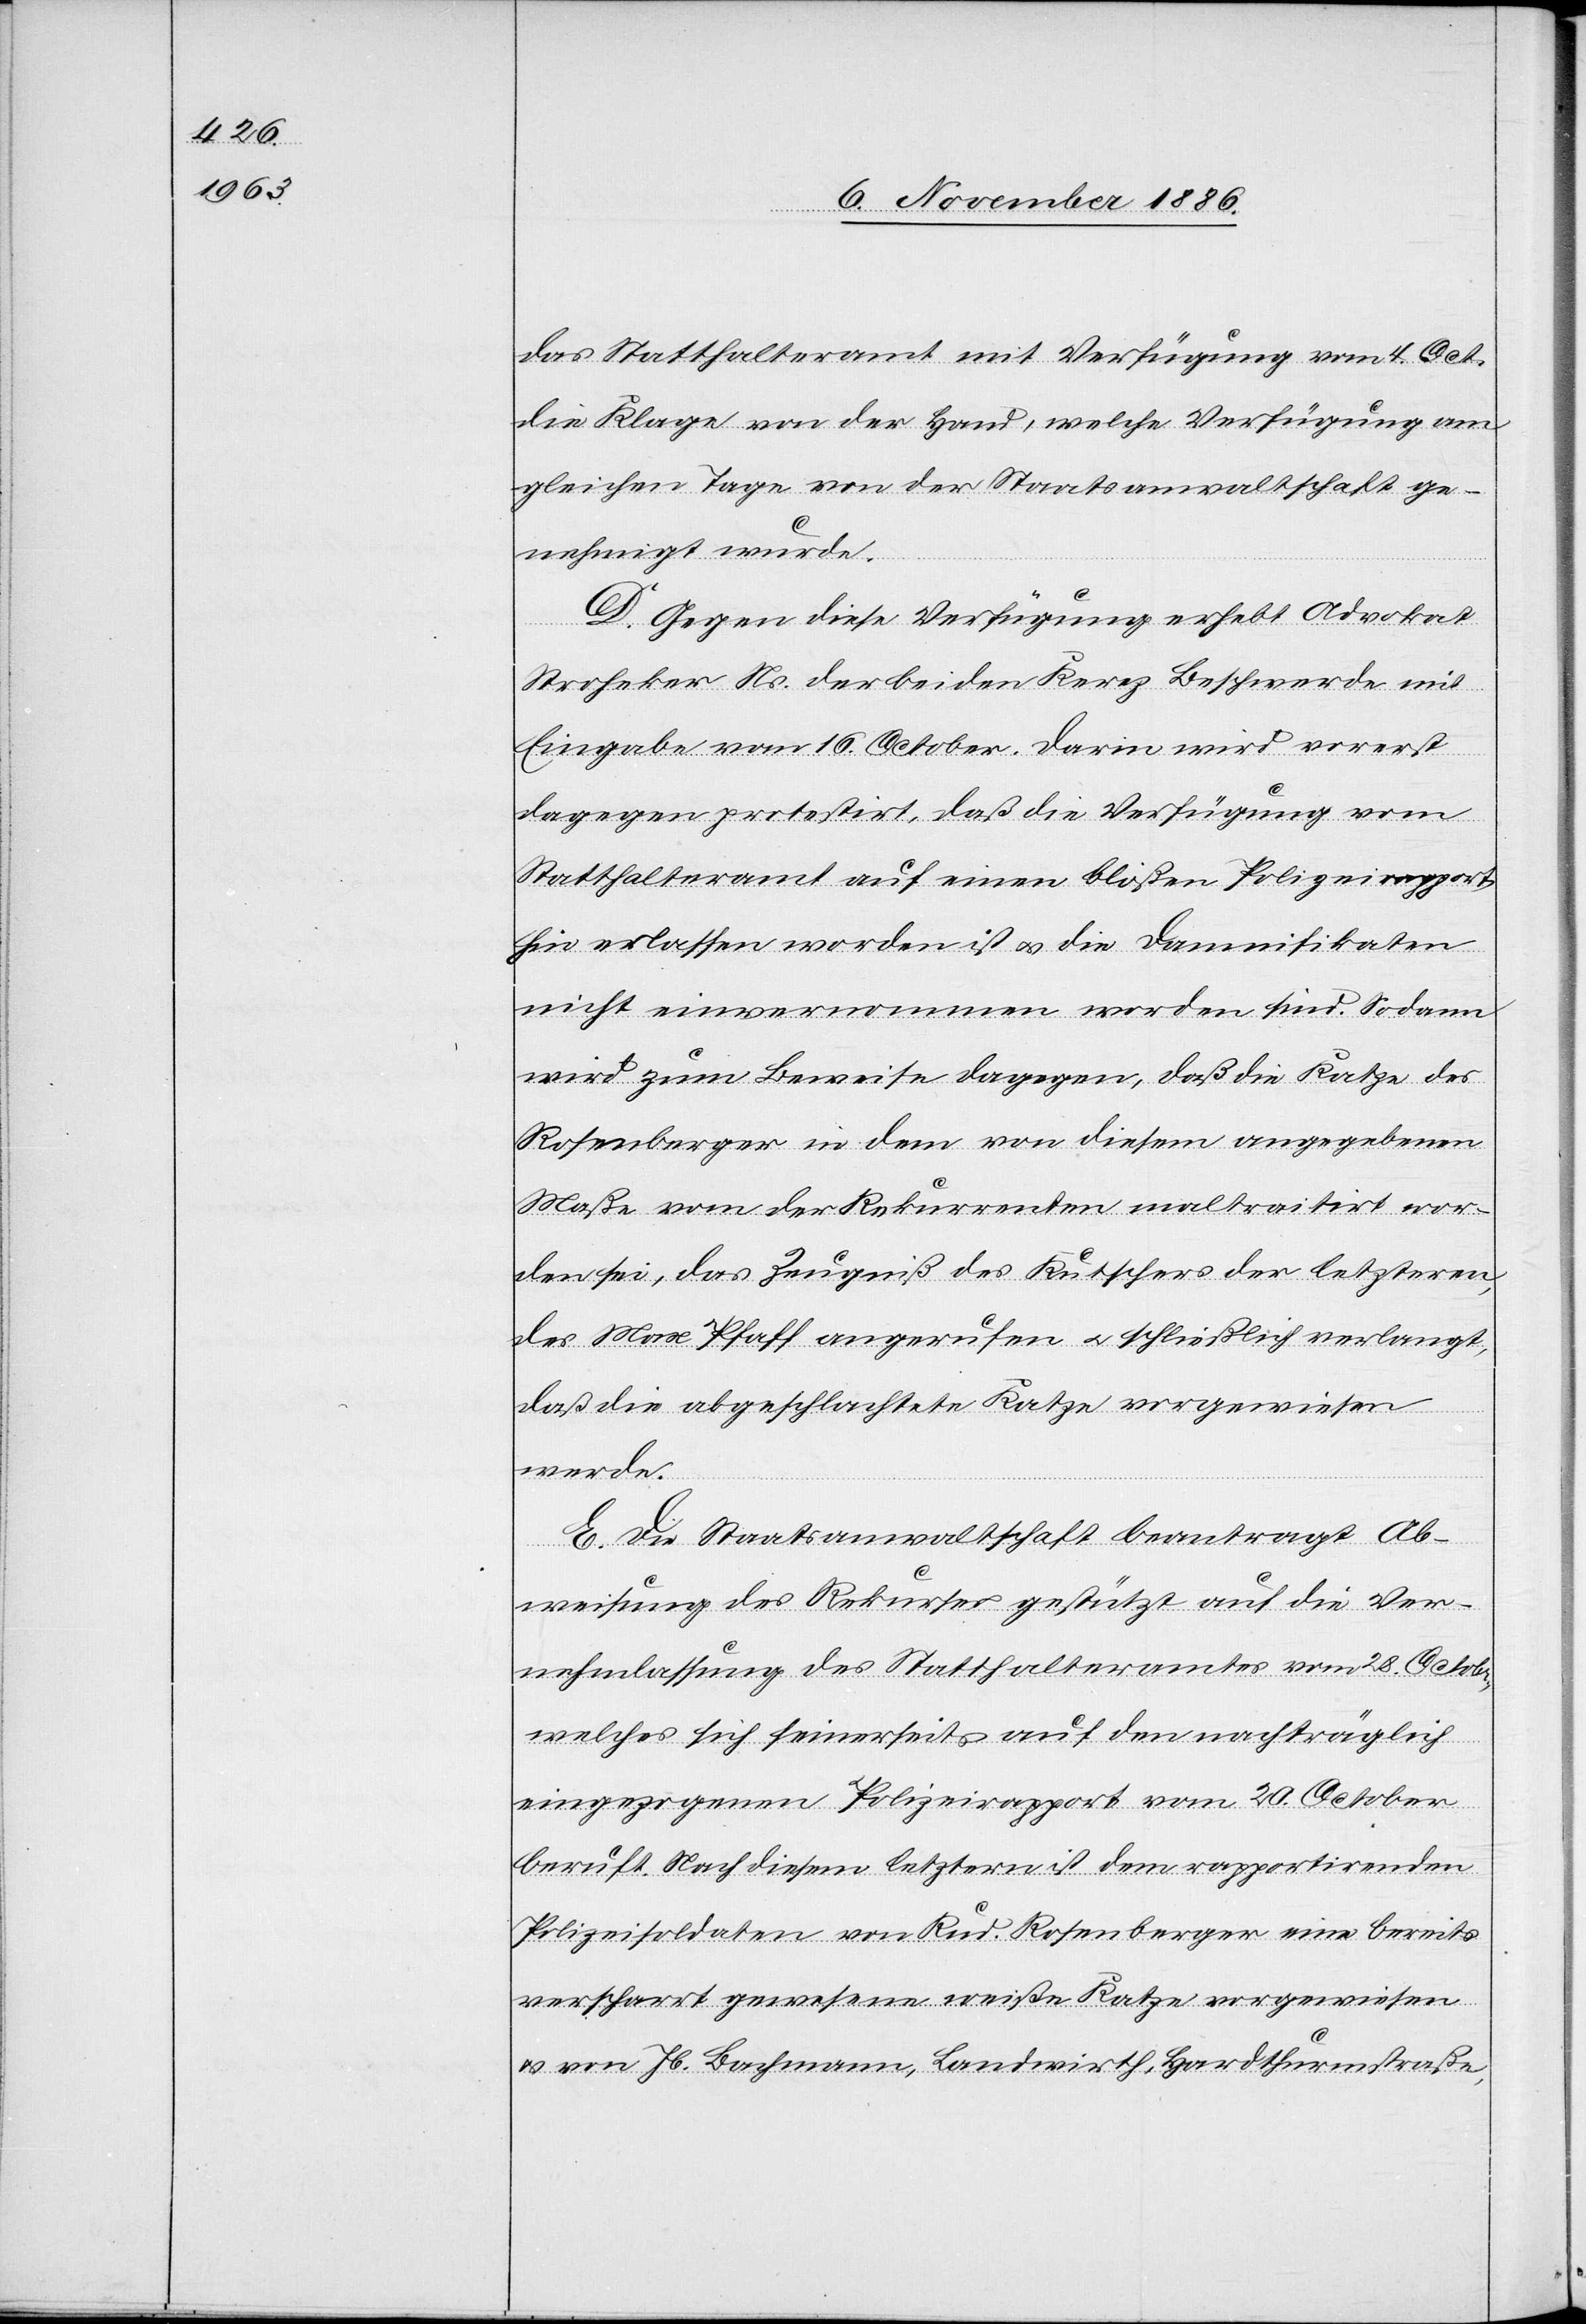
das Statthalteramt mit Verfügung vom 4. Oct.
die Klage von der Hand, welche Verfügung am
gleichen Tage von der Staatsanwaltschaft ge¬
nehmigt wurde.
D. Gegen diese Verfügung erhebt Advokat
Stroheker Ns. der beiden Kerez Beschwerde mit
Eingabe vom 16. October. Darin wird vorerst
dagegen protestirt, daß die Verfügung vom
Statthalteramt auf einen bloßen Polizeirapport
hin erlassen worden ist & die Damnifikaten
nicht einvernommen worden sind. Sodann
wird zum Beweise dagegen, daß die Katze des
Rosenberger in dem von diesem angegebenen
Maße vom [Hund] der Rekurrenten maltraitirt wor¬
den sei, das Zeugniß des Kutschers der letzteren,
des Max Pfaff angerufen & schließlich verlangt,
daß die abgeschlachtete Katze vorgewiesen
werde.
E. Die Staatsanwaltschaft beantragt Ab¬
weisung des Rekurses gestützt auf die Ver¬
nehmlassung des Statthalteramtes vom 28. October,
welches sich seinerseits auf den nachträglich
eingezogenen Polizeirapport vom 20. October
beruft. Nach diesem letztern ist dem rapportirenden
Polizeisoldaten von Rud. Rosenberger eine bereits
verscharrt gewesene weiße Katze vorgewiesen
& von Jb. Bachmann, Landwirth, Hardthurmstraße,